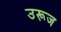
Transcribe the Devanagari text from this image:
उरूज